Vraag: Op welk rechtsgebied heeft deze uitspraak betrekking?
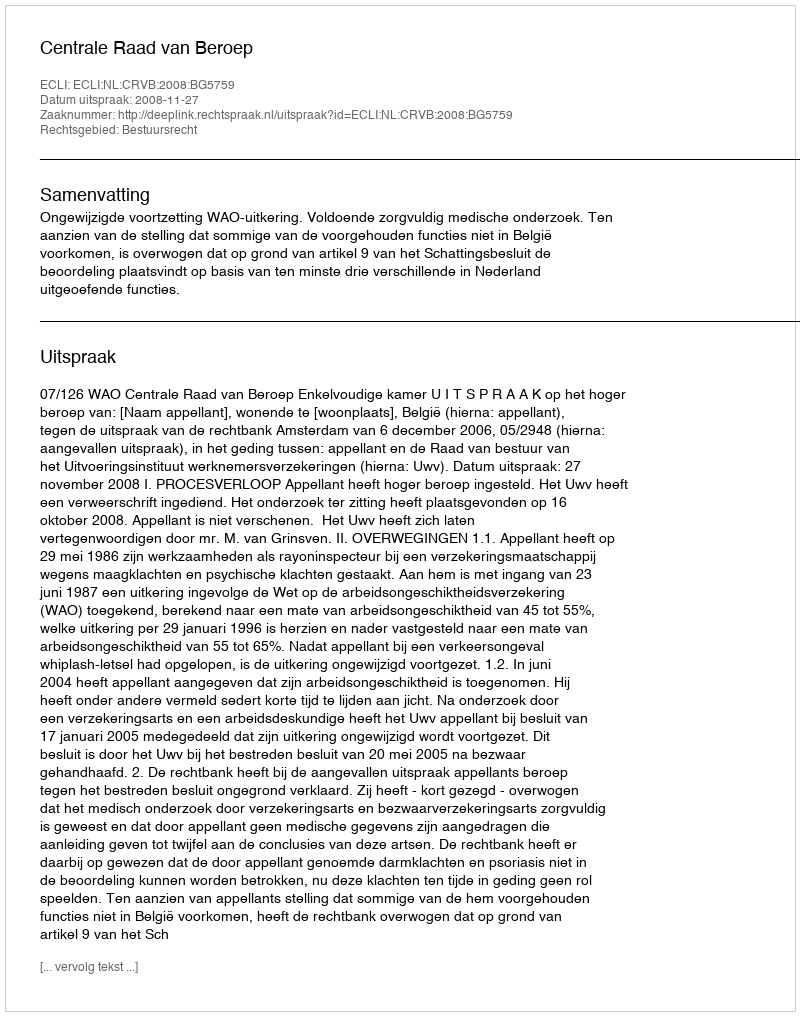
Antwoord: Bestuursrecht